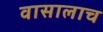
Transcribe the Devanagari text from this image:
वासालाच